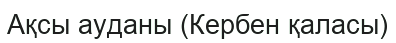
Ақсы ауданы (Кербен қаласы)